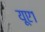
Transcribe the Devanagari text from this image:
यूए१